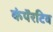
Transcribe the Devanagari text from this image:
कंपॅरटिव